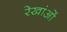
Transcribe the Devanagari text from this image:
रेखांओं